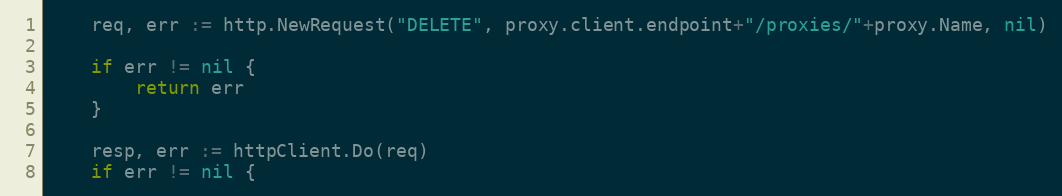
Language: Go
	req, err := http.NewRequest("DELETE", proxy.client.endpoint+"/proxies/"+proxy.Name, nil)

	if err != nil {
		return err
	}

	resp, err := httpClient.Do(req)
	if err != nil {